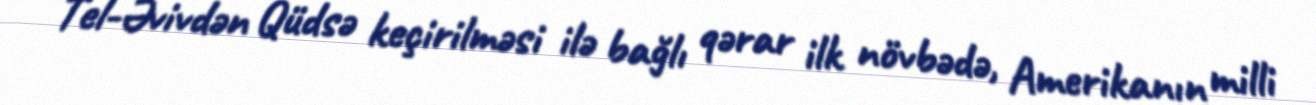
Tel-Əvivdən Qüdsə keçirilməsi ilə bağlı qərar ilk növbədə, Amerikanın milli